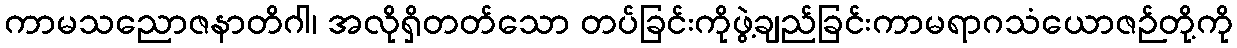
ကာမသညောဇနာတိဂါ၊ အလိုရှိတတ်သော တပ်ခြင်းကိုဖွဲ့ချည်ခြင်းကာမရာဂသံယောဇဉ်တို့ကို